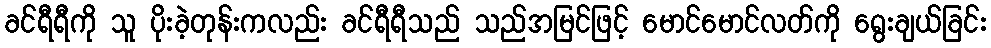
ခင်ရီရီကို သူ ပိုးခဲ့တုန်းကလည်း ခင်ရီရီသည် သည်အမြင်ဖြင့် မောင်မောင်လတ်ကို ရွေးချယ်ခြင်း